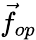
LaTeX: {\vec{f}}_{op}